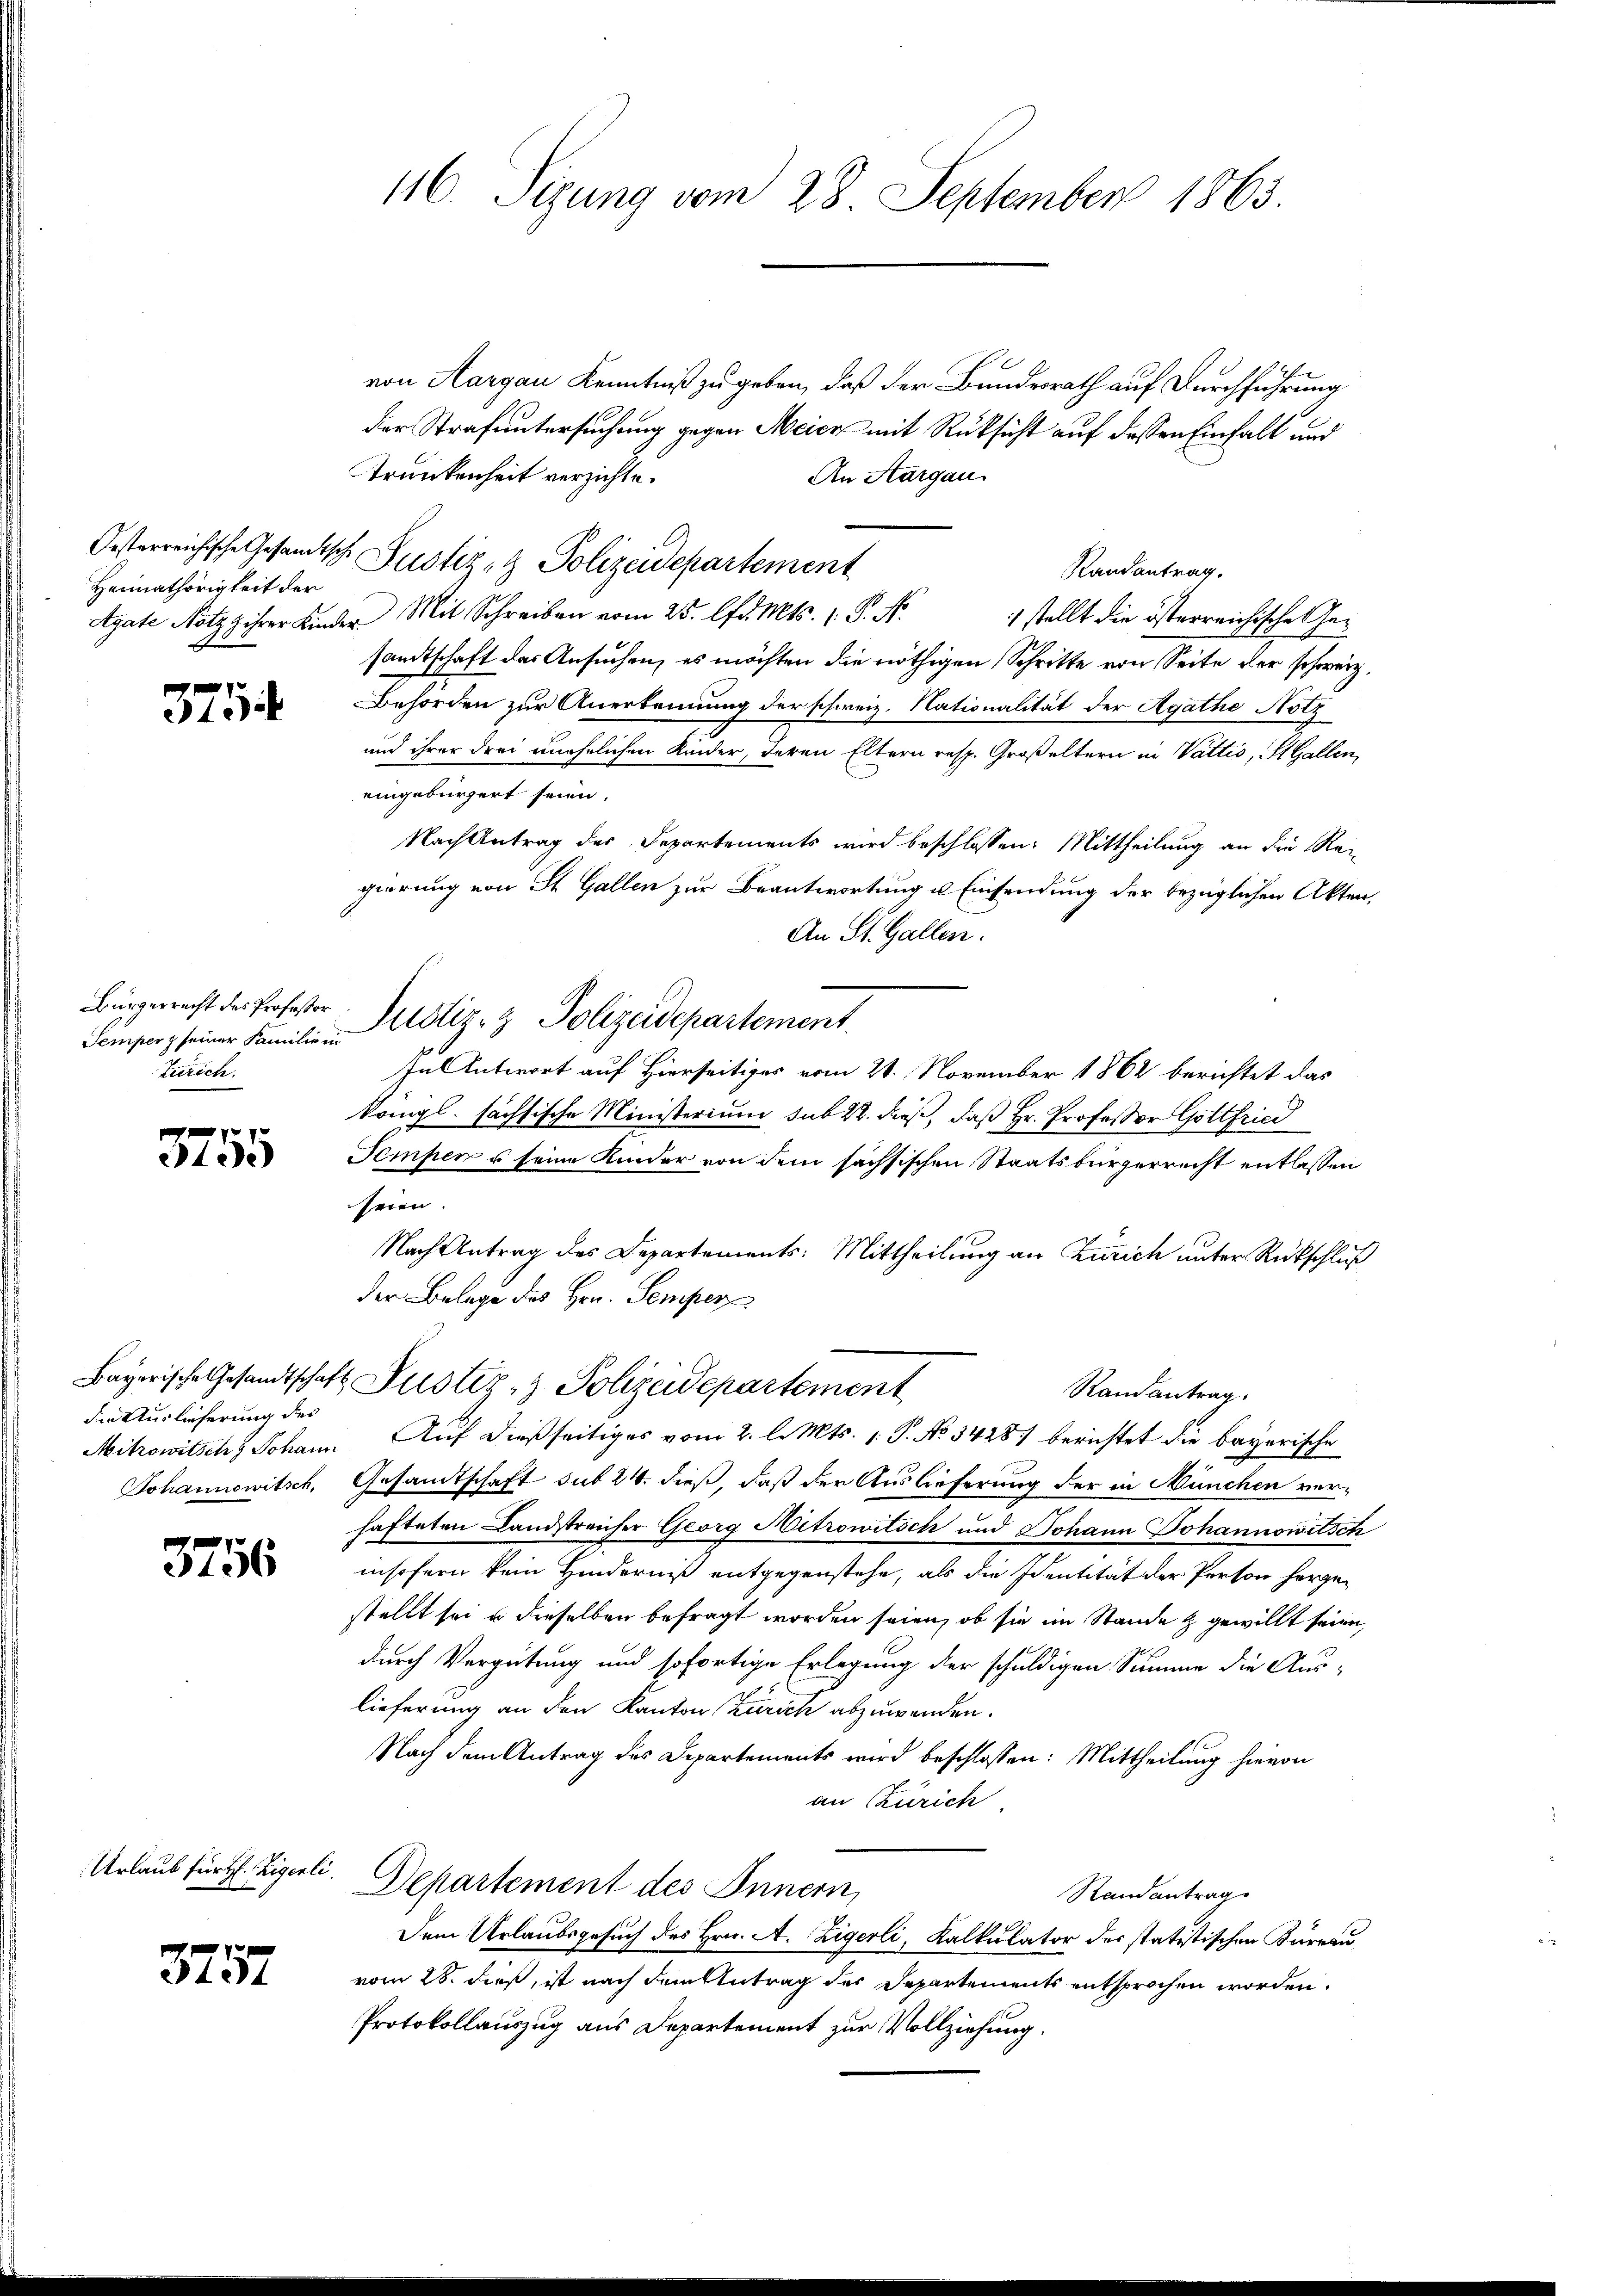
Heimathörigkeit der

375

Femper seiner Familie in
Zürich.

1
24 de

die Auslieferung des

3756

von Aargau Kenntniß zu geben, daß der Bundesrath auf Durchführung
der Strafuntersuchung gegen Meier mit Rüksicht auf dessen Einfall und
Trunkenheit verzichte.
An Aargau.
Oesterreichische Gesandtsche Justiz & Polizeidepartement
Randantrag.
Agate Notz ihrer Kinder Mit Schreiben vom 25. d. Mts. (: P. N.
 stellt die österreichische Gesandtschaft der Ansuchen, es möchten die nöthigen Schritte von Seite der schweiz.
Behörden zur Anerkennung der schweiz. Nationalität der Agathe Notz
und ihrer drei unehelichen Kinder, deren Eltern resp. Großeltern in Vattio, St. Gallen,
eingebürgert seien.
Nach Antrag des Departements wird beschlossen: Mittheilung an die Rei
gierung von St. Gallen zur Beantwortung u Einsendung der bezüglichen Akten,
An St. Gallen.
Bürgerrecht des Professor Justiz- & Polizeidepartement
In Antwort auf Hierseitiges vom 21. November 1862 berichtet das
königl. sächsische Ministerium sub 22. dieß, daß Hr. Professor Gottfried
Temper es seine Kinder von dem sächsischen Staatsbürgerrecht entlassen
seien.
Nach Antrag des Departements: Mittheilung an Zürich unter Rückschluß
der Belege des Hrn. Semper
Bayerische Gesandtschaft Pustiz- & Polizeidepartement
Randantrag.
Mitrowitschs Johann Auf dießseitiges vom 2. l. Mts. 1. P. No. 3428) berichtet die bayerische
Johannowitsch, Gesamtschaft sub 24. dieß, daß der Auslieferung der in München ver-
hafteten Landstreicher Georg Mitrowitsch und Johann Johannowitsch
insofern kein Hinderniß entgegenstehe, als die Identität der Person hergestellt sei u dieselben befragt worden seien, ob sie im Stande & gewillt seien,
durch Vergütung und sofortige Erlegung der schuldigen Summe die Aus-
lieferung an den Kanton Zürich abzuwenden.
Nach dem Antrag des Departements wird beschlossen: Mittheilung hievon
an (Zürich
Departement des Innern,
Randantrag
Dem Urlaubsgesuch des Hrn. A. Zigerli, Kalkulator des statistischen Büreau
vom 28. dieß, ist nach dem Antrag der Departements entsprochen worden.
Protokollauszug aus Departement zur Vollziehung.

Urlaub für H. Zigerli.

3757

116. Sizung vom 28. September 1863.